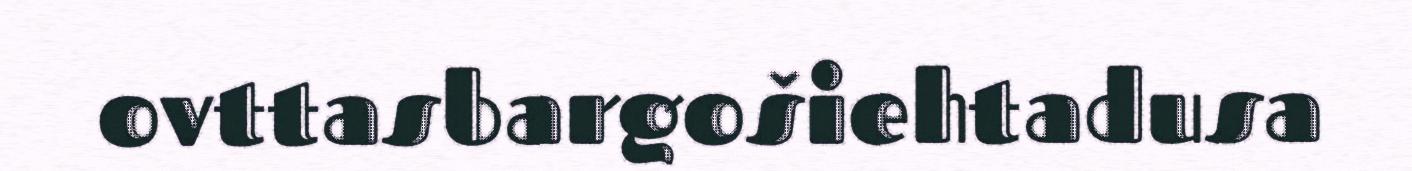
ovttasbargošiehtadusa